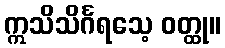
ဣသိသိင်္ဂရသေ့ ဝတ္ထု။